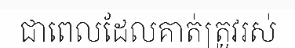
ជាពេលដែលគាត់ត្រូវរស់